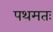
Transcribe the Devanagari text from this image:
पथमतः